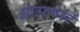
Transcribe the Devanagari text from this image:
आउटबर्स्ट